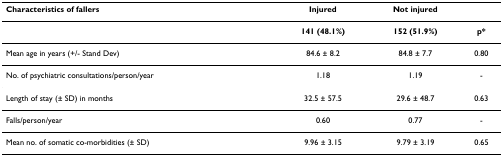
| Characteristics of fallers | Injured | Not injured |  |
 | --- | --- | --- | --- |
 |  | 141 (48.1%) | 152 (51.9%) | p* |
 | Mean age in years (+/- Stand Dev) | 84.6 ± 8.2 | 84.8 ± 7.7 | 0.80 |
 | No. of psychiatric consultations/person/year | 1.18 | 1.19 | - |
 | Length of stay (± SD) in months | 32.5 ± 57.5 | 29.6 ± 48.7 | 0.63 |
 | Falls/person/year | 0.60 | 0.77 | - |
 | Mean no. of somatic co-morbidities (± SD) | 9.96 ± 3.15 | 9.79 ± 3.19 | 0.65 |